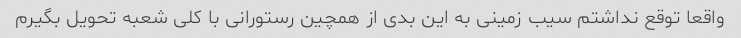
واقعا توقع نداشتم سیب زمینى به این بدى از همچین رستورانى با کلى شعبه تحویل بگیرم